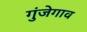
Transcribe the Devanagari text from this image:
गुंजेगाव